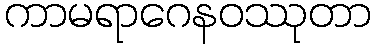
ကာမရာဂေနဝဿုတာ